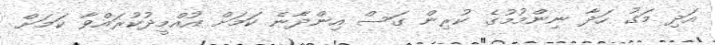
އަދި މަގު ހަދާ ނިންމުމުގެ ކުރިން ގަސް އިންދާނެ ކަމަށް އުއްމީދުކުރައްވާ ކަމަށް